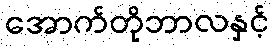
အောက်တိုဘာလနှင့်